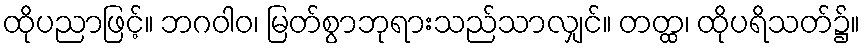
ထိုပညာဖြင့်။ ဘဂဝါဝ၊ မြတ်စွာဘုရားသည်သာလျှင်။ တတ္ထ၊ ထိုပရိသတ်၌။